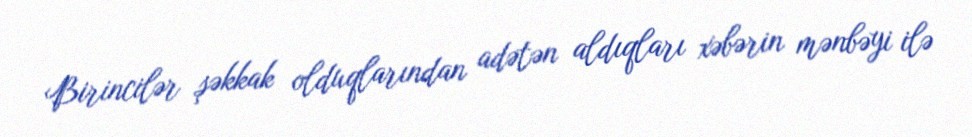
Birincilər şəkkak olduqlarından adətən aldıqları xəbərin mənbəyi ilə